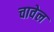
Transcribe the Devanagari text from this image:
चावेल